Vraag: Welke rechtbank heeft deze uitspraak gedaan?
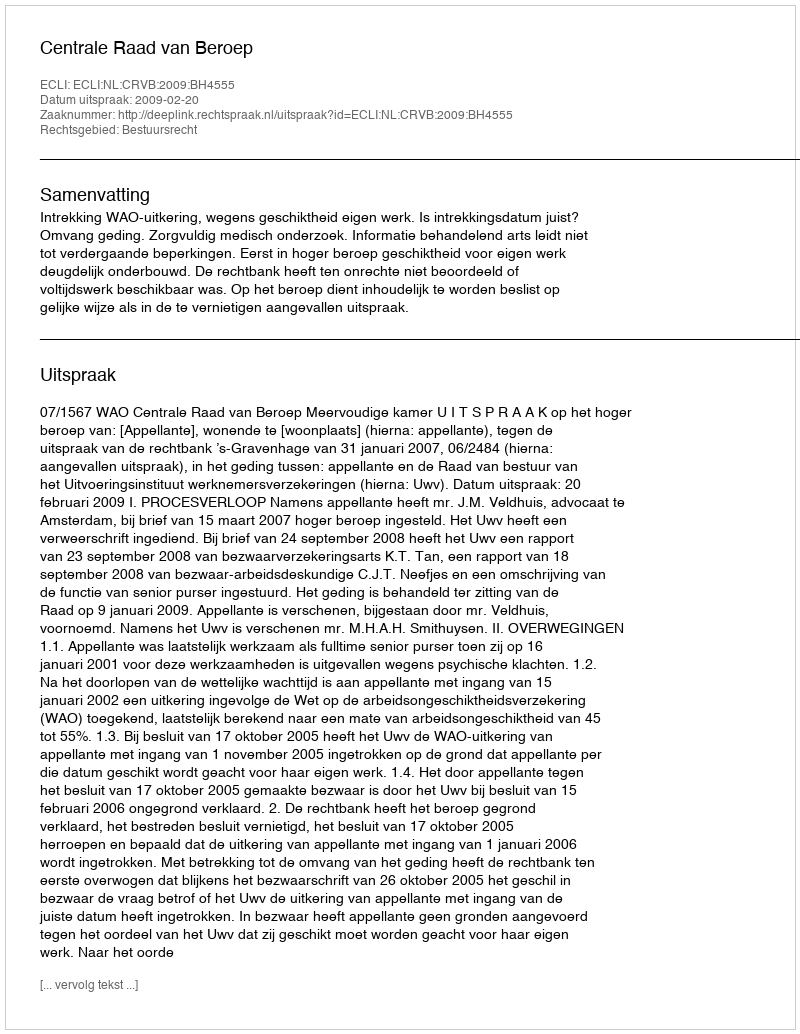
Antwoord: Centrale Raad van Beroep